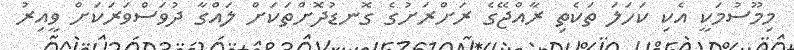
މިމޫސުމަކީ އެކި ކަހަލަ ތަކެތި ރާއްޖޭގެ ރަށްރަށުގެ ގޮނޑުދޮށްތަކަށް ލައްގާ ދުވަސްވަރަކަށް ވީއިރު